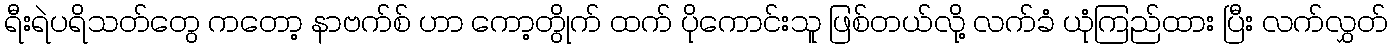
ရီးရဲပရိသတ်တွေ ကတော့ နာဗက်စ် ဟာ ကော့တွိုက် ထက် ပိုကောင်းသူ ဖြစ်တယ်လို့ လက်ခံ ယုံကြည်ထား ပြီး လက်လွှတ်